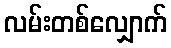
လမ်းတစ်လျှောက်